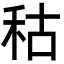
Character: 秙